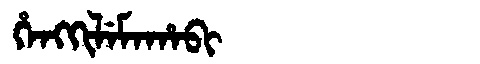
Manchu: ᡥᡝᠩᡴᡳᠯᡝᠮᠠᡥᠠᠪᡳ
Romanization: HENGKILEMAHABI